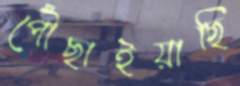
পৌঁছাইয়াছি